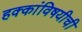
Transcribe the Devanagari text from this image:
हक्कांविषयीची